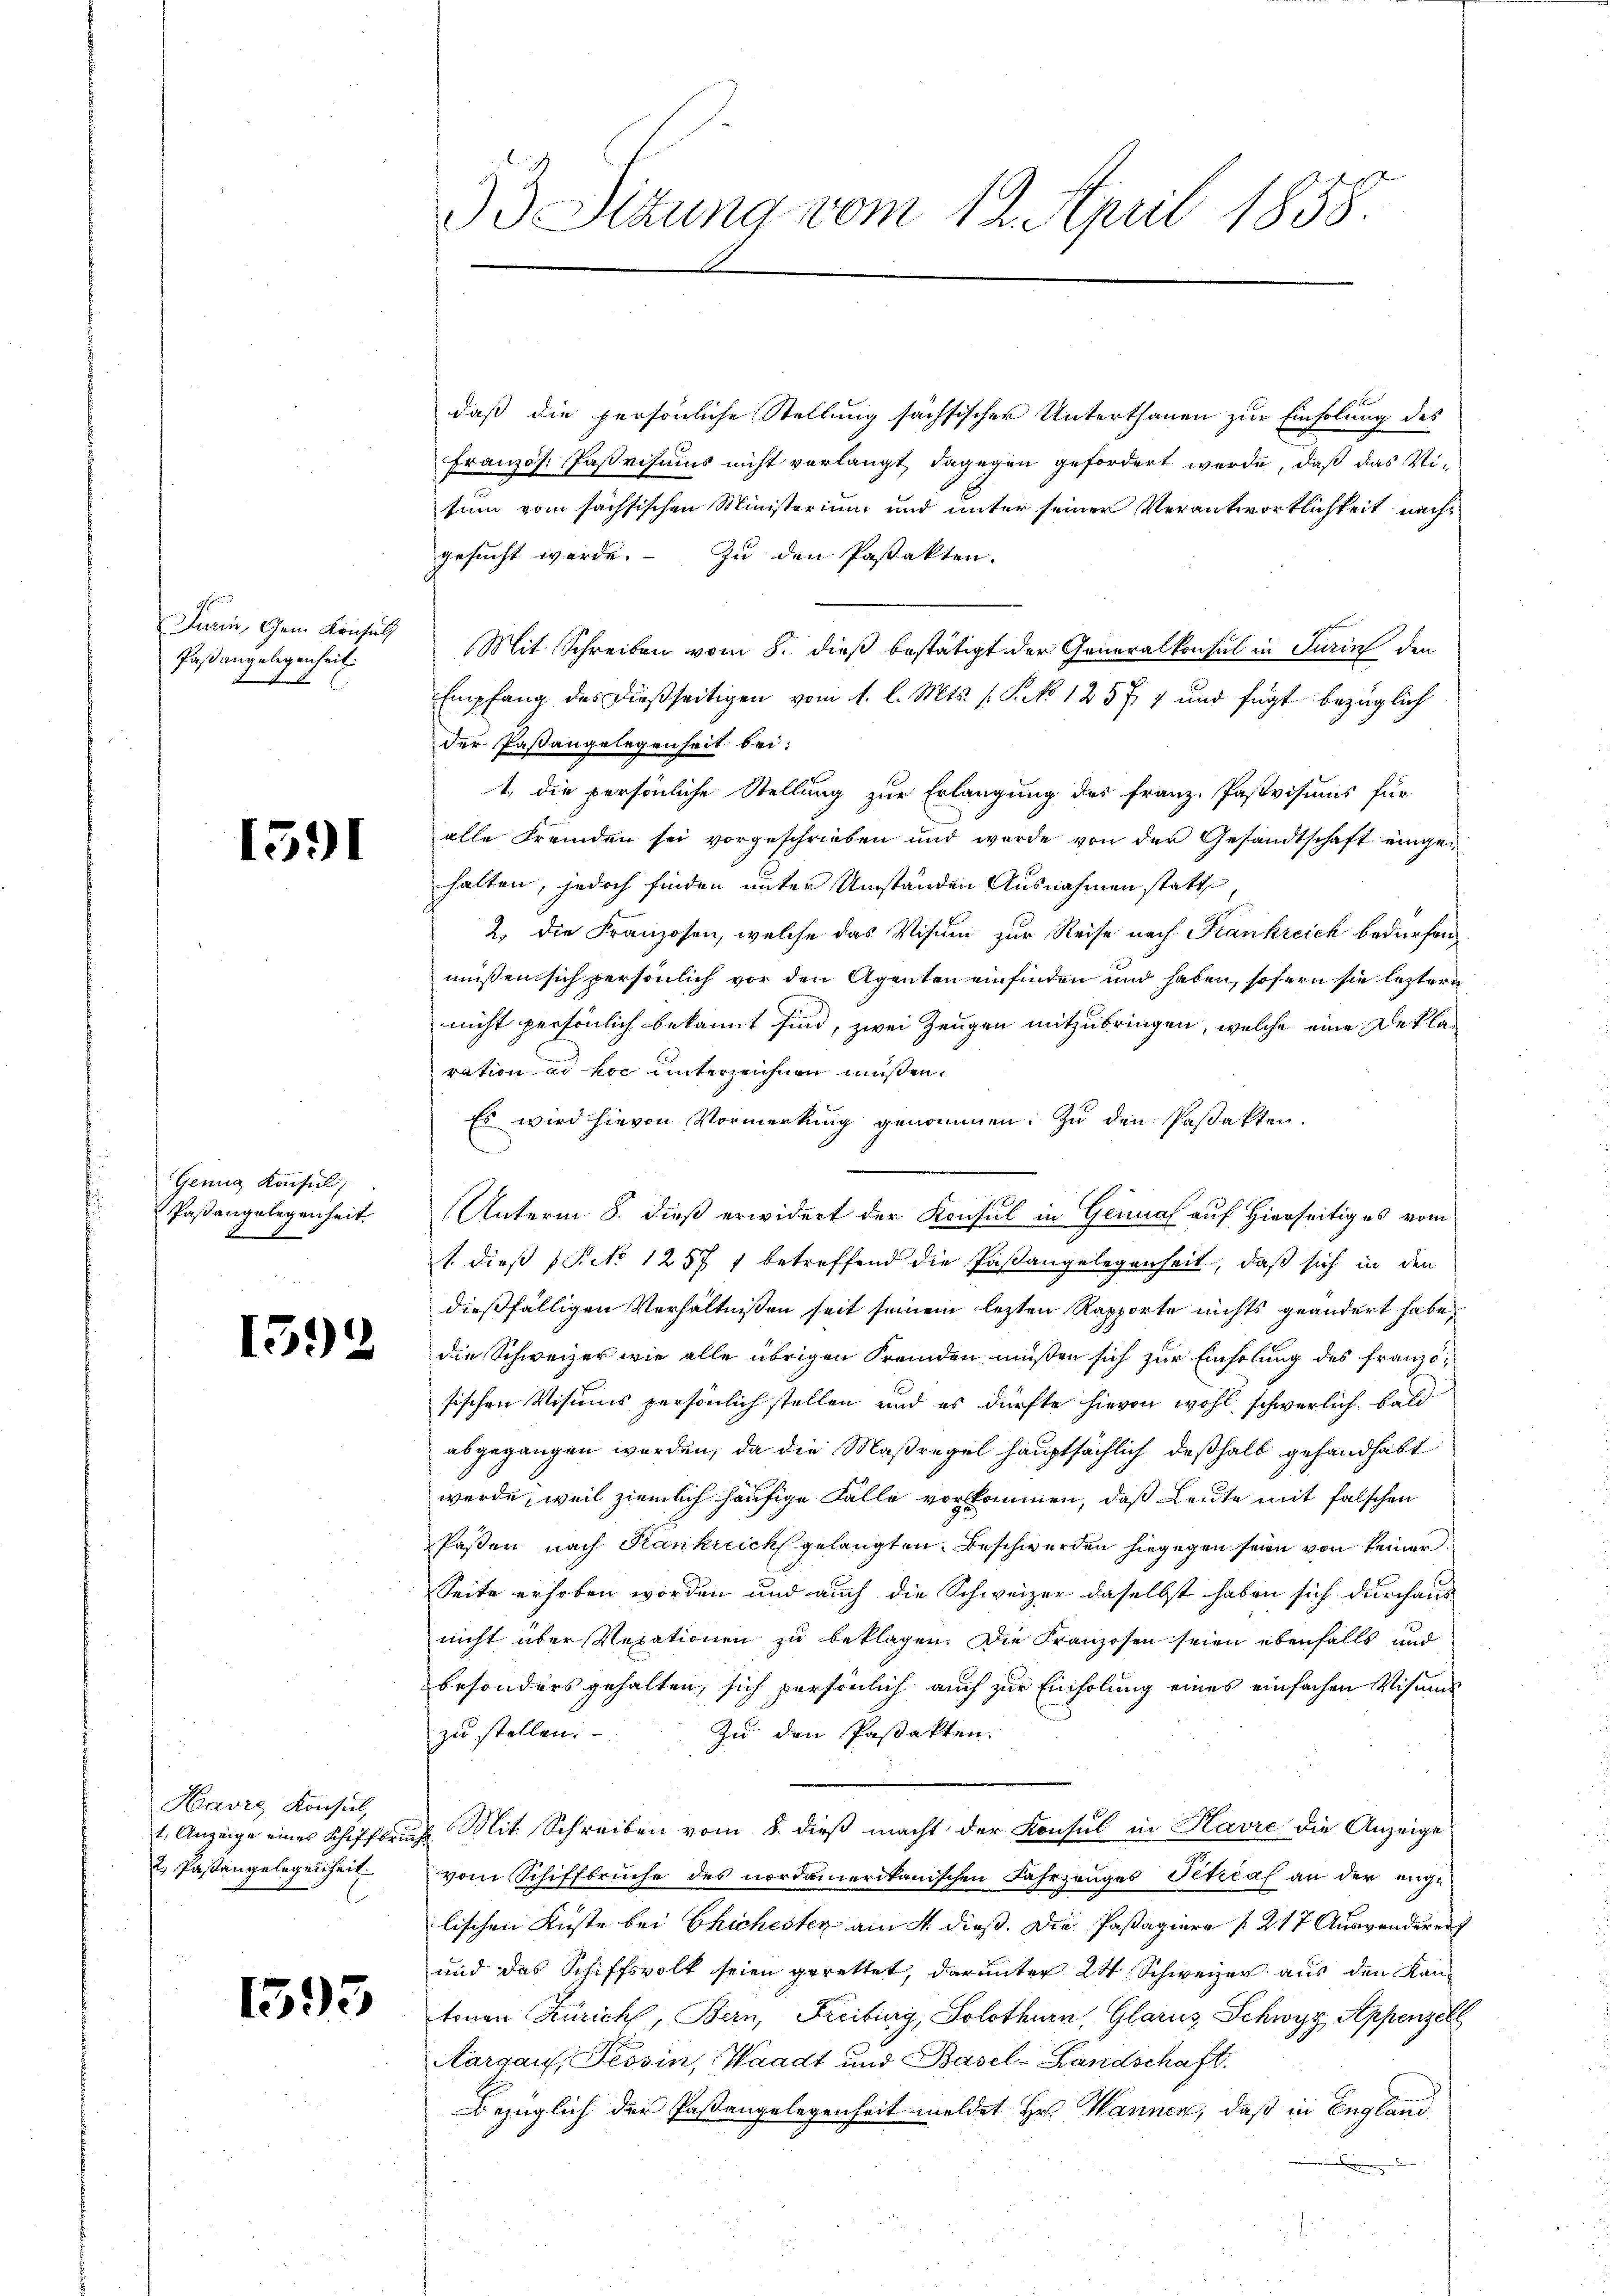
Turin, Gem. Konsul
Paßangelegenheit.
 C

1391

Genug Konsul
Paßangelegenheit
6

1592

Kavre Konsul
1, Anzeige eines Schiffbring
2 Paßangelegenheit

1595

93 Sitzung vom 12. April 1858.

daß die persönliche Stellung sachsischer Unterthanen zur Einholung des
Französ. Paßvisums nicht verlangt, dagegen gefordert werde, daß das Vitum vom sächsischen Ministerium und unter seiner Verantwortlichkeit nachgesucht werde. Zu den Pastakten.
Mit Schreiben vom 8. dieß bestätigt der Generalkonsul in Turin den
Empfang des dießseitigen vom 1. l. Mts. P.P. No 125 f. 7 und fügt bezüglich
der Paßangelegenheit bei:
1. die persönliche Stellung zur Erlangung des Franz. Pastvisions für
alle Fremden sei vorgeschrieben und werde von der Gesandtschaft eingehalten, jedoch finden unter Umständen Ausnahmen statt
2. die Franzosen, welche das Visum zur Reise nach Frankreich bedürfen,
müßen sich persönlich vor den Agenten einfinden und haben, sofern sie letztern
nicht persönlich bekannt sind, zwei Zeugen mitzubringen, welche eine Deklaration ad hoc unterzeichnen müssen.
Es wird hievon Vormerkung genommen. Zu den Passakten.
Unterm 8. dieß erwidert der Konsul in Genual auf Hierseitiges vom
1 dieß (Act. 1257 1 betreffend die Paßangelegenheit, daß sich in den
dießfälligen Verhältnißen seit seinem lezten Rapporte nichts geändert habe.
die Schweizer wie alle übrigen Fremden müßen sich zur Einholung des französischen Visiums persönlich stellen und es dürfte hievon wohl schwerlich bald
abgegangen werden, da die Maßregel hauptsächlich deßhalb gehandhabt
werde, weil ziemlich häufige Fälle vorkommen, daß Leute mit falschen
Passen nach Krankreich gelangten Beschwerden hiegegen seien von keiner
Seite erhoben worden und auch die Schweizer daselbst haben sich durchaus
nicht über Repationen zu beklagen. Die Franzosen seien ebenfalls und
besonders gehalten, sich persönlich auch zur Einholung eines einfachen Visums
zu stellen.
Zu den Passakten.
Mit Schreiben vom 8. dieß macht der Konsul in Havre die Anzeige
vom Schiffbrüche des nordamerikanischen Fahrzeuges Petical an der engelischen Küste bei Chichesten am 4. dieß. Die Paßagiere (217 Auswanderen
und das Schiffsvolk seien gerettet, darunter 24. Schweizer aus den Kantonen Zürich, Bern, Freiburg, Solothurn, Glarus, Schwyz, Appenzel
Aargau, Tessin, Waadt und Basel-Landschaft.
bezüglich der Pastangelegenheit meldet Hr. Wannen, daß in England